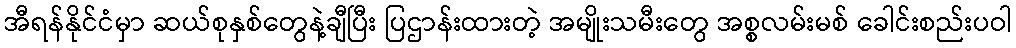
အီရန်နိုင်ငံမှာ ဆယ်စုနှစ်တွေနဲ့ချီပြီး ပြဌာန်းထားတဲ့ အမျိုးသမီးတွေ အစ္စလမ်းမစ် ခေါင်းစည်းပဝါ